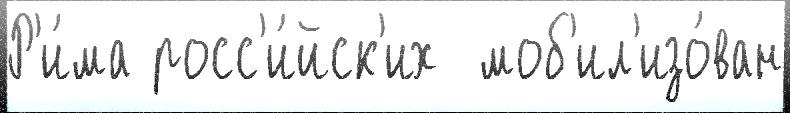
Р'и́ма росс'и́йск'их  моб'ил'изо́ван